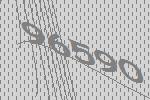
96590